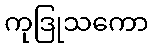
ကုဒြုသကော